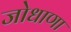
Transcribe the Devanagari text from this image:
जोधाणा